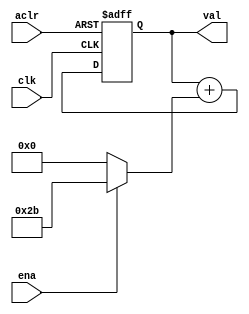
module test_pattern (clk,aclr,ena,val);

parameter WIDTH = 16;
input clk,ena,aclr;
output [WIDTH-1:0] val;

reg [WIDTH-1:0] val /* synthesis preserve */;

always @(posedge clk or posedge aclr) begin
	if (aclr) val <= 0;
	else begin
		val <= val + (ena ? 43 : 0);
	end
end

endmodule